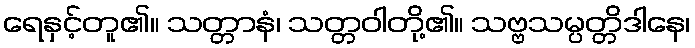
ရေနှင့်တူ၏။ သတ္တာနံ၊ သတ္တဝါတို့၏။ သဗ္ဗသမ္ပတ္တိဒါနေ၊